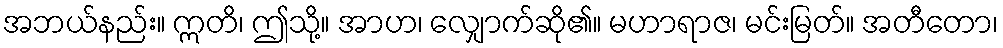
အဘယ်နည်း။ ဣတိ၊ ဤသို့။ အာဟ၊ လျှောက်ဆို၏။ မဟာရာဇ၊ မင်းမြတ်။ အတီတော၊